Scientific memoirs by medical officers of the Army of India - Part I,
Year: 1884
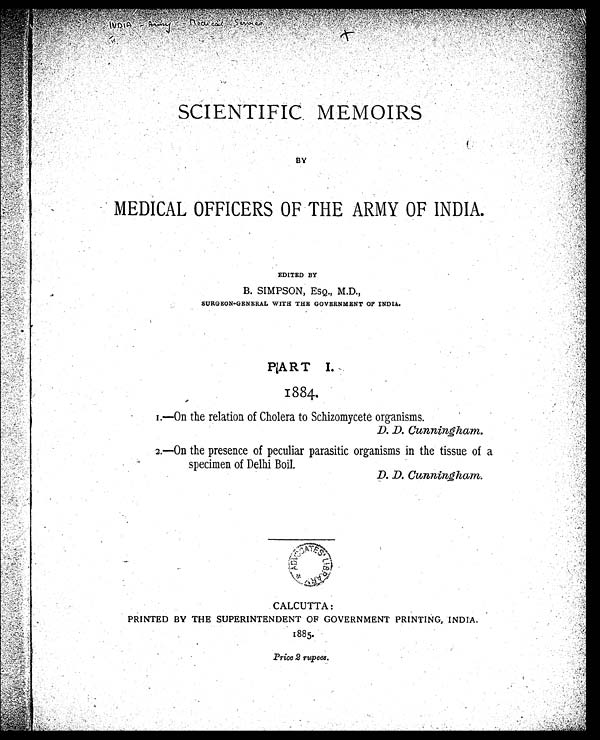
SCIENTIFIC MEMOIRS
BY
MEDICAL OFFICERS OF THE ARMY OF INDIA
.
EDITED BY
B. SIMPSON, ESQ., M.D.,
SURGEON-GENERAL WITH THE GOVERNMENT OF
INDIA.
PART
I.
1884 .
1.—On the relation of Cholera to Schizomycete organisms.
D. D.
Cunningham.
2.—On the presence of peculiar parasitic organisms in the tissue of a
specimen of Delhi Boil.
D. D. Cunningham.
CALCUTTA:
PRINTED BY THE SUPERINTENDENT OF GOVERNMENT PRINTING, INDIA.
1885.
Price 2 rupees.